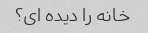
خانه را دیده ای؟